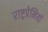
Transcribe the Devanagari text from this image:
राष्ट्रप्रेमियों